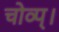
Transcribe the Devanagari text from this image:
चोव्प्।